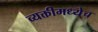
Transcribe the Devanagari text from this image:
व्यक्तीमध्येच